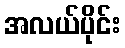
အလယ်ပိုင်း